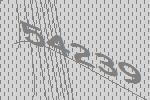
54239